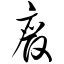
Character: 废